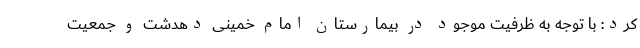
کرد: با توجه به ظرفیت موجود در بیمارستان امام خمینی دهدشت و جمعیت